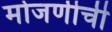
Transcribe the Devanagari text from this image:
मोजणीची